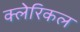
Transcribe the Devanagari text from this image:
क्लेरिकल